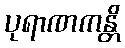
ပုရာဏကန္တိ